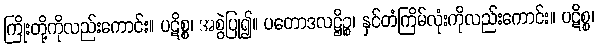
ကြိုးတို့ကိုလည်းကောင်း။ ပဋိစ္စ၊ အစွဲပြု၍။ ပတောဒလဋ္ဌိဉ္စ၊ နှင်တံကြိမ်လုံးကိုလည်းကောင်း။ ပဋိစ္စ၊